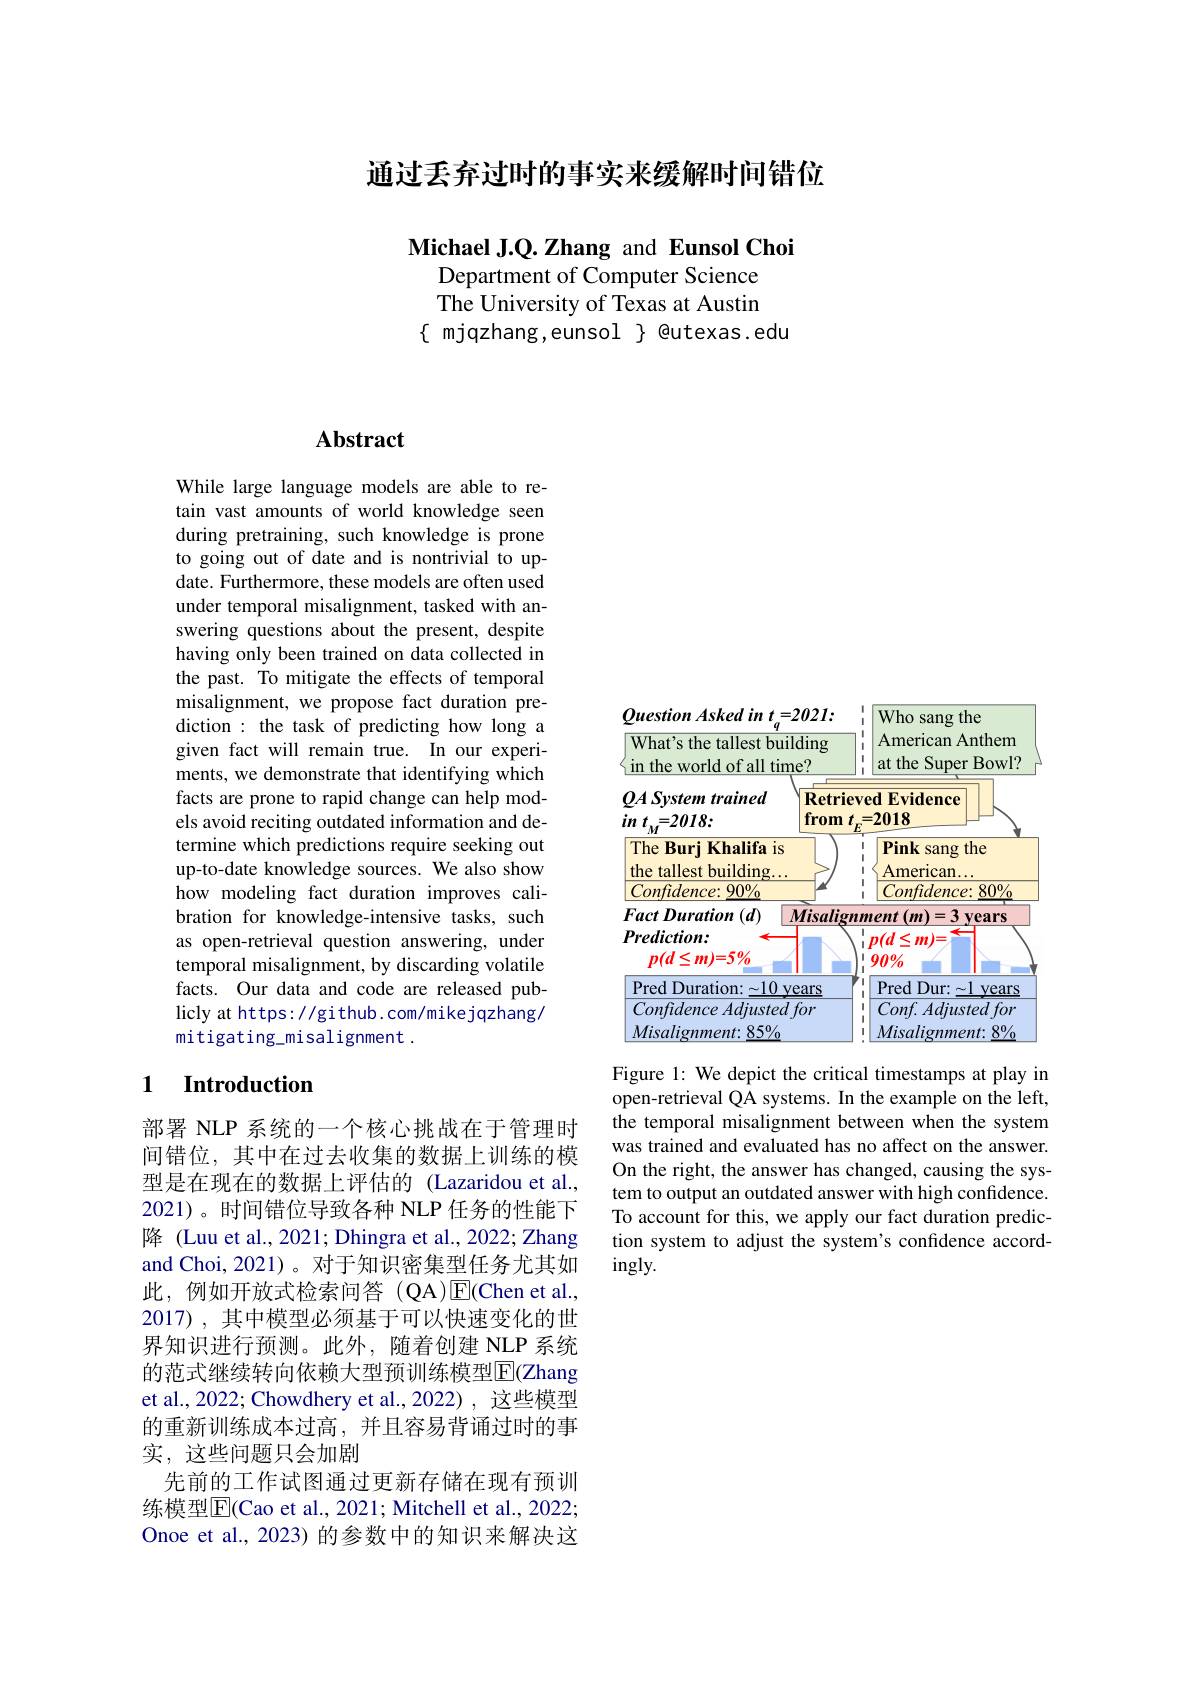
通过丢弃过时的事实来缓解时间错位

Michael J.Q.Zhang and Eunsol Choi
Department of Computer Science The University of Texas at Austin
$\{$ mjqzhang,eunsol $\}$ @utexas.edu

## $\mathbf{Abstract}$

While large language models are able to retain vast amounts of world knowledge seen during pretraining, such knowledge is prone to going out of date and is nontrivial to update. Furthermore, these models are often used under temporal misalignment, tasked with answering questions about the present, despite having only been trained on data collected in the past. To mitigate the effects of temporal misalignment, we propose fact duration prediction : the task of predicting how long a given fact will remain true. In our experiments, we demonstrate that identifying which facts are prone to rapid change can help models avoid reciting outdated information and determine which predictions require seeking out up-to-date knowledge sources. We also show how modeling fact duration improves calibration for knowledge-intensive tasks, such as open-retrieval question answering, under temporal misalignment, by discarding volatile facts. Our data and code are released publicly at https: / github. com/mikejqzhang/ mitigating\_misalignment.

## 1 $\textbf{Introduction}$

部署 NLP 系统的一个核心挑战在于管理时间错位，其中在过去收集的数据上训练的模型是在现在的数据上评估的(Lazaridou et al., 2021)。时间错位导致各种 NLP 任务的性能下降 (Luu et al., 2021; Dhingra et al., 2022; Zhang and Choi, 2021)。对于知识密集型任务尤其如此，例如开放式检索问答(QA)E(Chen et al., 2017), 其中模型必须基于可以快速变化的世界知识进行预测。此外，随着创建 NLP 系统的范式继续转向依赖大型预训练模型$\overline{\mathrm{E}}($Zhang et al., 2022; Chowdhery et al., 2022) , 这些模型的重新训练成本过高，并且容易背诵过时的事实，这些问题只会加剧
先前的工作试图通过更新存储在现有预训练模型$\overline{\mathrm{E}}($Cao et al., 2021; Mitchell et al., 2022; Onoe et al., 2023) 的参数中的知识来解决这

<table>
	<tbody>
		<tr>
			<th>$OuestionAskedint=202$ $q$ What's the tallest buildin in the world of all time? $w$</th>
			<th>I I I I I I</th>
			<th>Who sang the American Anthem at the Super Bowl?</th>
		</tr>
		<tr>
			<td>QASystemtrained $R$ $ı$ $t_{, }= 2018:$ fir $in$</td>
			<td>eve $t$ 4 1</td>
			<td>ed Evidence =2018</td>
		</tr>
		<tr>
			<td>$85\%$ Misalignment:</td>
			<td>I</td>
			<td>80/0 $Misalignment:$</td>
		</tr>
	</tbody>
</table>

Figure 1: We depict the critical timestamps at play in open-retrieval QA systems. In the example on the left, the temporal misalignment between when the system was trained and evaluated has no affect on the answer. On the right, the answer has changed, causing the system to output an outdated answer with high confidence. To account for this, we apply our fact duration prediction system to adjust the system's confidence accord- $ingly.$